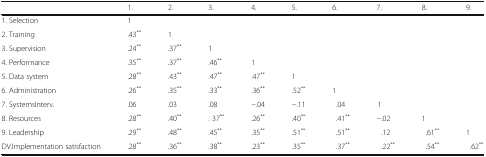
|  | 1. | 2. | 3. | 4. | 5. | 6. | 7. | 8. | 9. |
 | --- | --- | --- | --- | --- | --- | --- | --- | --- | --- |
 | 1. Selection | 1 |  |  |  |  |  |  |  |  |
 | 2. Training | .43** | 1 |  |  |  |  |  |  |  |
 | 3. Supervision | .24** | .37** | 1 |  |  |  |  |  |  |
 | 4. Performance | .35** | .37** | .46** | 1 |  |  |  |  |  |
 | 5. Data system | .28** | .43** | .47** | .47** | 1 |  |  |  |  |
 | 6. Administration | .26** | .35** | .33** | .36** | .52** | 1 |  |  |  |
 | 7. SystemsInterv. | .06 | .03 | .08 | −.04 | −.11 | .04 | 1 |  |  |
 | 8. Resources | .28** | .40** | . 37** | .26** | .40** | .41** | −.02 | 1 |  |
 | 9. Leadership | .29** | .48** | .45** | .35** | .51** | .51** | .12 | .61** | 1 |
 | DV.Implementation satisfaction | .28** | .36** | .38** | .23** | .35** | .37** | .22** | .54** | .62** |